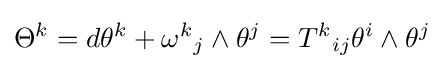
\Theta ^{k}=d\theta ^{k}+{\omega ^{k}}_{j}\wedge \theta ^{j}={T^{k}}_{ij}\theta ^{i}\wedge \theta ^{j}